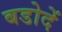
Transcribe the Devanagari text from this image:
बडोदें